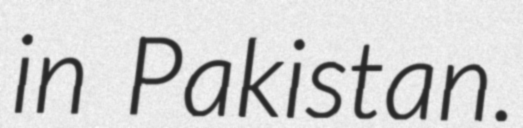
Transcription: in Pakistan.